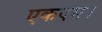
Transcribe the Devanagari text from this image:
एकदम।